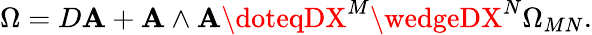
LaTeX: \Omega=D\mathbf{A}+\mathbf{A}\wedge\mathbf{A}\doteqDX^{M}\wedgeDX^{N}\Omega_{MN}.